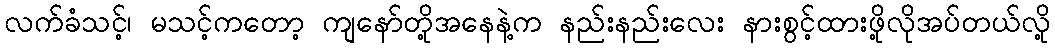
လက်ခံသင့်၊ မသင့်ကတော့ ကျနော်တို့အနေနဲ့က နည်းနည်းလေး နားစွင့်ထားဖို့လိုအပ်တယ်လို့